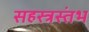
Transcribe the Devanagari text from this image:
सहस्त्रस्तंभ